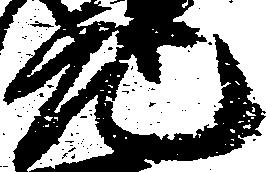
元